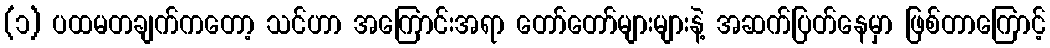
(၁) ပထမတချက်ကတော့ သင်ဟာ အကြောင်းအရာ တော်တော်များများနဲ့ အဆက်ပြတ်နေမှာ ဖြစ်တာကြောင့်